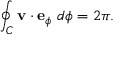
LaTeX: \oint _ { C } \mathbf { v } \cdot \mathbf { e } _ { \phi } ~ d { \phi } = 2 \pi .